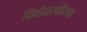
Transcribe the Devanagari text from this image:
दिवोदासविरक्त